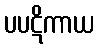
ပပဋိကာယ